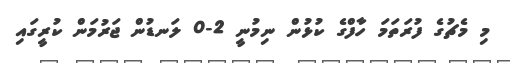
މި މެޗުގެ ފުރަތަމަ ހާފްގެ ކުޅުން ނިމުނީ 2-0 ލަނޑުން ޖަރުމަން ކުރީގައި